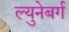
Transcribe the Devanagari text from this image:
ल्युनेबर्ग